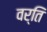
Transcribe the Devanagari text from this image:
वर्ति